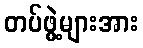
တပ်ဖွဲ့များအား